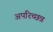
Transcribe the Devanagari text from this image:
अपरिच्छन्न